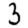
Digit: 3